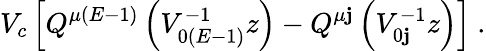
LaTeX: V_{c}\left[Q^{\mu(E-1)}\left(V_{0(E-1)}^{-1}z\right)-Q^{\mu\mathbf{j}}\left(V_{0\mathbf{j}}^{-1}z\right)\right]\ .